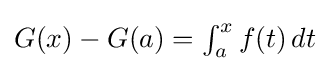
{\textstyle G(x)-G(a)=\int _{a}^{x}f(t)\,dt}